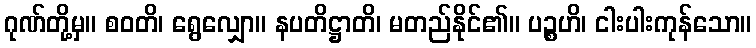
ဂုဏ်တို့မှ။ စဝတိ၊ ရွေလျှော။ နပတိဋ္ဌာတိ၊ မတည်နိုင်၏။ ပဉ္စဟိ၊ ငါးပါးကုန်သော။